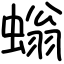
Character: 螉